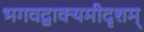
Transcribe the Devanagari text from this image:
भगवद्वाक्यमीदृशम्